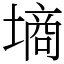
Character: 墒